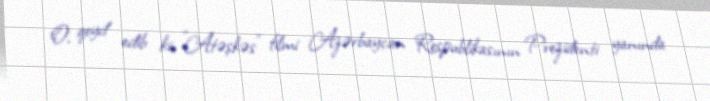
O, qeyd edib ki, "Atəşkəs" filmi Azərbaycan Respublikasının Prezidenti yanında